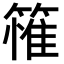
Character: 𮆄